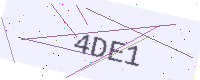
Text: 4DE1